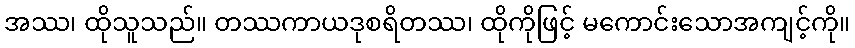
အဿ၊ ထိုသူသည်။ တဿကာယဒုစရိတဿ၊ ထိုကိုဖြင့် မကောင်းသောအကျင့်ကို။